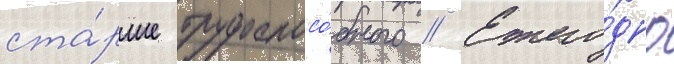
ста́рше трудоспосо́бного // Ежего́дно